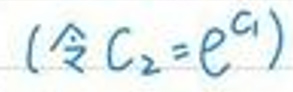
( 令 \( C _ { 2 } = e ^ { C _ { 1 } } \) )